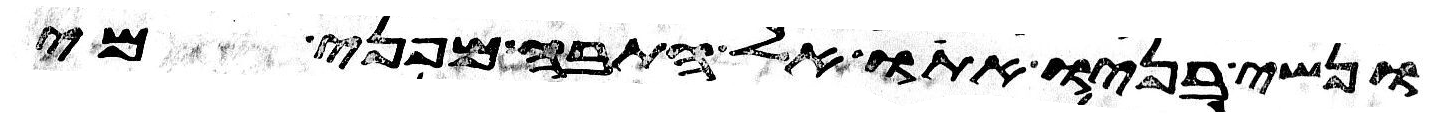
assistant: ונשי בניו אתו אל התבה מפני מי